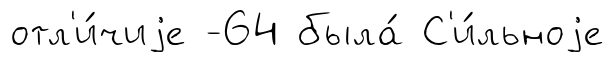
отл'и́чиjе -64 была́ С'и́льноjе